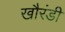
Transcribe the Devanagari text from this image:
खौरंडी